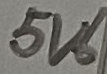
Text: 5V6